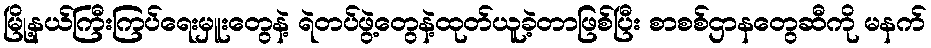
မြို့နယ်ကြီးကြပ်ရေးမှူးတွေနဲ့ ရဲတပ်ဖွဲ့တွေနဲ့ထုတ်ယူခဲ့တာဖြစ်ပြီး စာစစ်ဌာနတွေဆီကို မနက်